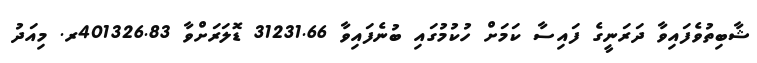
ޝާބިތުވެފައިވާ ދަރަނީގެ ފައިސާ ކަމަށް ހުކުމުގައި ބުނެފައިވާ 31231.66 ޑޮލަރަށްވާ 401326.83ރ. މިއަދު